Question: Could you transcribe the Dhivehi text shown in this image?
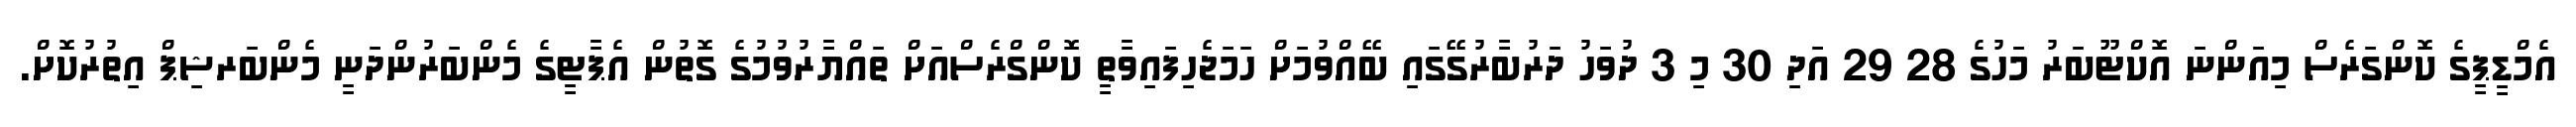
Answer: އެމްޑީޕީގެ ކޮންގަރެސް މިއަންނަ އޮކްޓޫބަރު މަހުގެ 28 29 އަދި 30 މި 3 ދުވަހު ދަރުބާރުގޭގައި ބޭއްވުމަށް ހަމަޖެހިފައިވާތީ ކޮންގްރެސްއަށް ތައްޔާރުވުމުގެ ގޮތުން އެޕާޓީގެ މެންބަރުންދަނީ މެންބަރޝިޕް އިތުރުކޮށް.